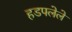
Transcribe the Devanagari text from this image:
हडपलेले